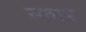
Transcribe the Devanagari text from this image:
स्‍कार